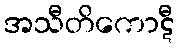
အသီတိကောဋီ